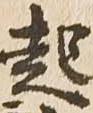
起